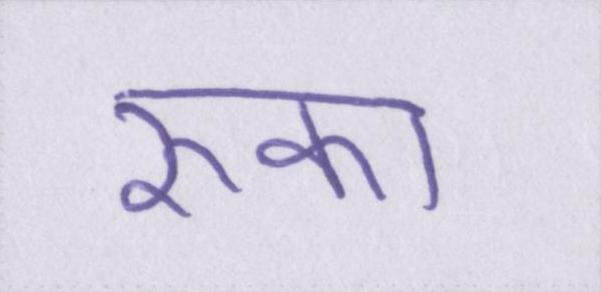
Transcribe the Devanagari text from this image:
रुका